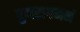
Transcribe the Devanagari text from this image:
पुनरागमनं